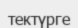
тектүрге